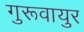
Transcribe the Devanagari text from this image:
गुरूवायुर